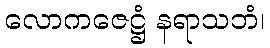
လောကဇေဋ္ဌံ နရာသဘံ၊